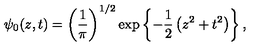
\psi _ { 0 } ( z , t ) = \left( { \frac { 1 } { \pi } } \right) ^ { 1 / 2 } \exp \left\{ - { \frac { 1 } { 2 } } \left( z ^ { 2 } + t ^ { 2 } \right) \right\} ,